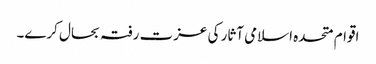
اقوام متحدہ اسلامی آثار کی عزت رفتہ بحال کرے۔